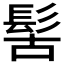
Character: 𩬩